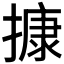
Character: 𢳧